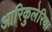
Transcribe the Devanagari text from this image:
आरिकुलेरिया